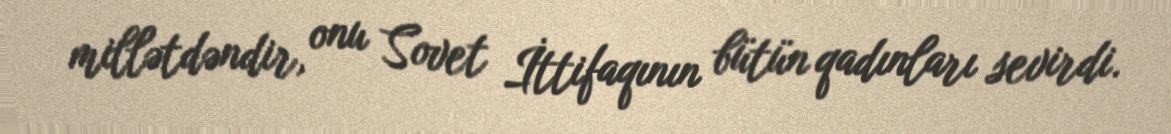
millətdəndir, onu Sovet İttifaqının bütün qadınları sevirdi.